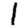
Digit: 1